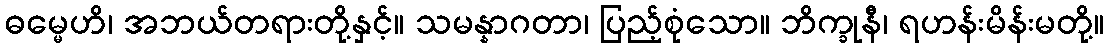
ဓမ္မေဟိ၊ အဘယ်တရားတို့နှင့်။ သမန္နာဂတာ၊ ပြည့်စုံသော။ ဘိက္ခုနီ၊ ရဟန်းမိန်းမတို့။